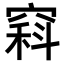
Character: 𥧇